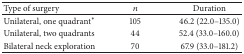
<table><thead><tr><td><b>Type of surgery</b></td><td><b><i>n</i></b></td><td><b>Duration</b></td></tr></thead><tbody><tr><td>Unilateral, one quadrant<sup>*</sup></td><td>105</td><td>46.2 (22.0–135.0)</td></tr><tr><td>Unilateral, two quadrants </td><td>44</td><td>52.4 (33.0–160.0)</td></tr><tr><td>Bilateral neck exploration</td><td>70</td><td>67.9 (33.0–181.2)</td></tr></tbody></table>